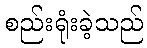
စည်းရုံးခဲ့သည်